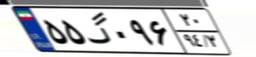
۵۷گ۷۴۱۱۴